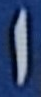
ا